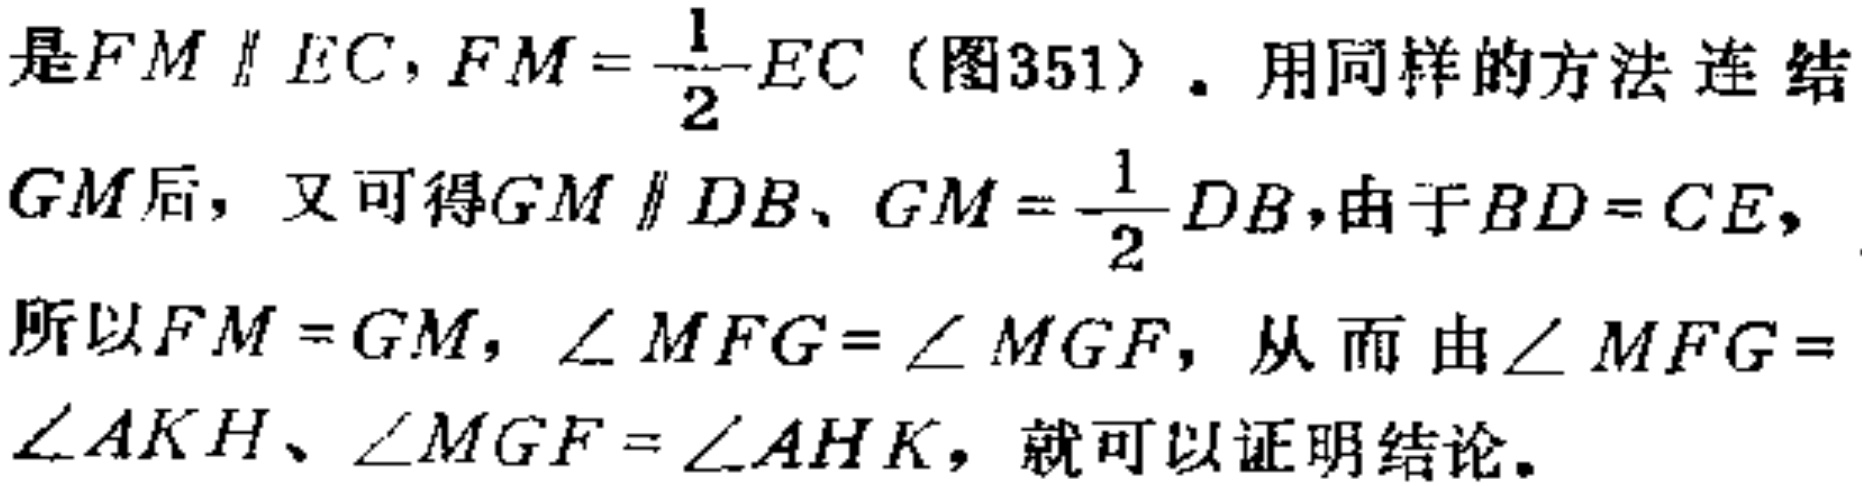
是$FM\parallel EC, FM = \frac{1}{2}EC$（图351）. 用同样的方法连结$GM$后，又可得$GM\parallel DB、GM = \frac{1}{2}DB$,由于$BD = CE$,所以$FM = GM$, $\angle MFG=\angle MGF$, 从而由$\angle MFG = \angle AKH、\angle MGF=\angle AHK$，就可以证明结论。